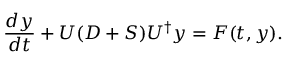
\frac { d y } { d t } + U ( D + S ) U ^ { \dagger } y = F ( t , y ) .